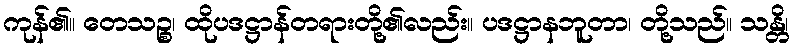
ကုန်၏။ တေသဉ္စ၊ ထိုပဒဋ္ဌာန်တရားတို့၏လည်း။ ပဒဋ္ဌာနဘူတာ၊ တို့သည်။ သန္တိ၊